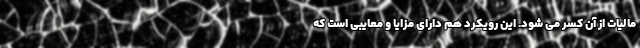
مالیات از آن کسر می شود. این رویکرد هم دارای مزایا و معایبی است که